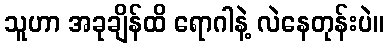
သူဟာ အခုချိန်ထိ ရောဂါနဲ့ လဲနေတုန်းပဲ။